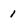
Character: 1